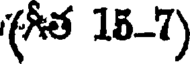
(త 15-7)